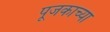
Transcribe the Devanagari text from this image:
पूजकाच्या